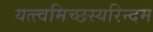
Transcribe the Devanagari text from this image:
यत्त्वमिच्छस्यरिन्दम